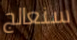
سنعالج